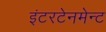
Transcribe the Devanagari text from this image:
इंटरटेनमेन्ट